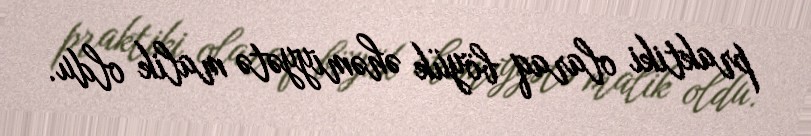
praktiki olaraq böyük əhəmiyyətə malik oldu.